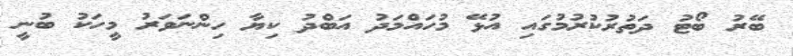
ބޭރު ބޯޓު ދަތުރުކުރުމުގައި އުޅޭ މުހައްމަދު އަބްދު ކިޔާ ހިންނަވަރު މީހަކު ބުނީ